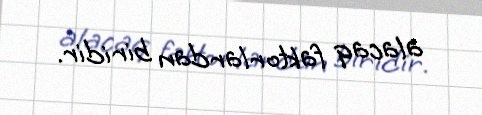
alacaq faktorlardan biridir.